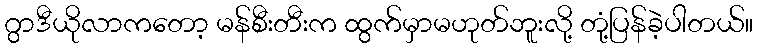
ဂွာဒီယိုလာကတော့ မန်စီးတီးက ထွက်မှာမဟုတ်ဘူးလို့ တုံ့ပြန်ခဲ့ပါတယ်။